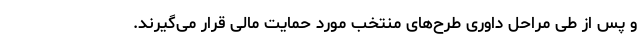
و پس از طی مراحل داوری طرح‌های منتخب مورد حمایت مالی قرار می‌گیرند.